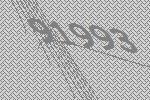
91993